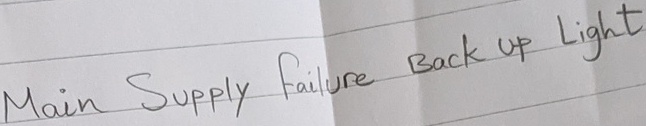
Text: Main Supply failure Back up Light